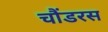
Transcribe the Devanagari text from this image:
चौंडरस